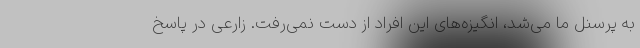
به پرسنل ما می‌شد، انگیزه‌های این افراد از دست نمی‌رفت. زارعی در پاسخ